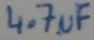
Text: 4.7µF